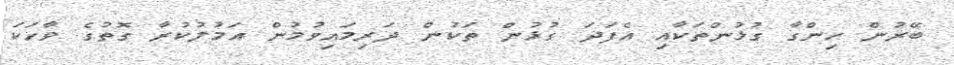
ބޭރުން ހިންގާ ގުޅުންތަކާއި އެފަދަ ގުޅުން ތަކުން ދަރިމައިވުމުން އަމުލުކުރާ ގޮތުގެ ވާހަކަ